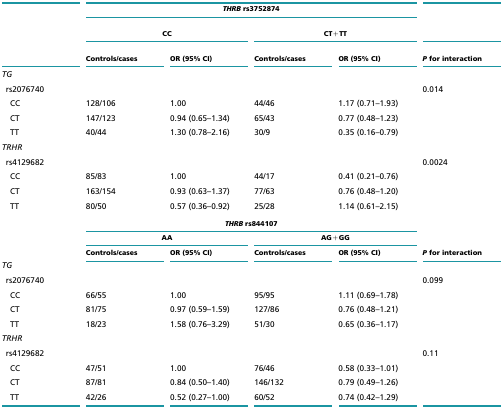
<table><thead><tr><td></td><td colspan="4"><b><i>THRB</i> rs3752874</b></td><td></td></tr><tr><td colspan="2"><b>CC</b></td><td colspan="2"><b>CT+TT</b></td></tr><tr><td></td><td><b>Controls/cases</b></td><td><b>OR (95% CI)</b></td><td><b>Controls/cases</b></td><td><b>OR (95% CI)</b></td><td><b><i>P</i> for interaction</b></td></tr></thead><tbody><tr><td><i>TG</i></td><td></td><td></td><td></td><td></td><td></td></tr><tr><td> rs2076740</td><td></td><td></td><td></td><td></td><td>0.014</td></tr><tr><td>CC</td><td>128/106</td><td>1.00</td><td>44/46</td><td>1.17 (0.71–1.93)</td><td></td></tr><tr><td>CT</td><td>147/123</td><td>0.94 (0.65–1.34)</td><td>65/43</td><td>0.77 (0.48–1.23)</td><td></td></tr><tr><td>TT</td><td>40/44</td><td>1.30 (0.78–2.16)</td><td>30/9</td><td>0.35 (0.16–0.79)</td><td></td></tr><tr><td><i>TRHR</i></td><td></td><td></td><td></td><td></td><td></td></tr><tr><td> rs4129682</td><td></td><td></td><td></td><td></td><td>0.0024</td></tr><tr><td>CC</td><td>85/83</td><td>1.00</td><td>44/17</td><td>0.41 (0.21–0.76)</td><td></td></tr><tr><td>CT</td><td>163/154</td><td>0.93 (0.63–1.37)</td><td>77/63</td><td>0.76 (0.48–1.20)</td><td></td></tr><tr><td>TT</td><td>80/50</td><td>0.57 (0.36–0.92)</td><td>25/28</td><td>1.14 (0.61–2.15)</td><td></td></tr><tr><td></td><td colspan="4"><i>THRB</i> rs844107</td><td></td></tr><tr><td></td><td colspan="2">AA</td><td colspan="2">AG+GG</td><td></td></tr><tr><td></td><td>Controls/cases</td><td>OR (95% CI)</td><td>Controls/cases</td><td>OR (95% CI)</td><td><i>P</i> for interaction</td></tr><tr><td><i>TG</i></td><td></td><td></td><td></td><td></td><td></td></tr><tr><td> rs2076740</td><td></td><td></td><td></td><td></td><td>0.099</td></tr><tr><td>CC</td><td>66/55</td><td>1.00</td><td>95/95</td><td>1.11 (0.69–1.78)</td><td></td></tr><tr><td>CT</td><td>81/75</td><td>0.97 (0.59–1.59)</td><td>127/86 </td><td>0.76 (0.48–1.21)</td><td></td></tr><tr><td>TT</td><td>18/23</td><td>1.58 (0.76–3.29)</td><td>51/30</td><td>0.65 (0.36–1.17)</td><td></td></tr><tr><td><i>TRHR</i></td><td></td><td></td><td></td><td></td><td></td></tr><tr><td> rs4129682</td><td></td><td></td><td></td><td></td><td>0.11</td></tr><tr><td>CC</td><td>47/51</td><td>1.00</td><td>76/46</td><td>0.58 (0.33–1.01)</td><td></td></tr><tr><td>CT</td><td>87/81</td><td>0.84 (0.50–1.40)</td><td>146/132</td><td>0.79 (0.49–1.26)</td><td></td></tr><tr><td>TT</td><td>42/26</td><td>0.52 (0.27–1.00)</td><td>60/52</td><td>0.74 (0.42–1.29)</td><td></td></tr></tbody></table>